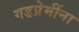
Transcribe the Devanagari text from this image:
गडप्रेमींना